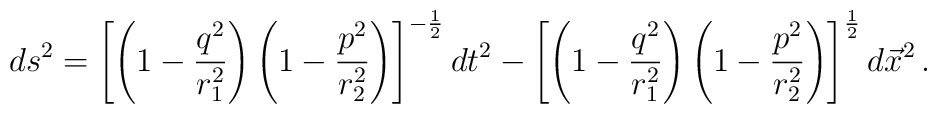
ds^{2}=\left[\left(1-\frac{q^{2}}{r_{1}^{2}}\right)\left(1-\frac{p^{2}}{r_{2}^{2}}\right)\right]^{-\frac{1}{2}}dt^{2}-\left[\left(1-\frac{q^{2}}{r_{1}^{2}}\right)\left(1-\frac{p^{2}}{r_{2}^{2}}\right)\right]^{\frac{1}{2}}d\vec{x}^{2}\, .